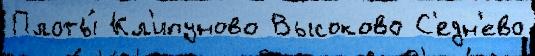
Плоты́ Кл'ипуново Высоково С'едн'ево